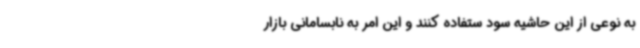
به نوعی از این حاشیه سود ستفاده کنند و این امر به نابسامانی بازار